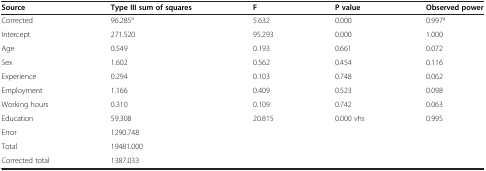
<table><thead><tr><td><b>Source</b></td><td><b>Type III sum of squares</b></td><td><b>F</b></td><td><b>P value</b></td><td><b>Observed power</b></td></tr></thead><tbody><tr><td>Corrected</td><td>96.285<sup>a</sup></td><td>5.632</td><td>0.000</td><td>0.997<sup>a</sup></td></tr><tr><td>Intercept</td><td>271.520</td><td>95.293</td><td>0.000</td><td>1.000</td></tr><tr><td>Age</td><td>0.549</td><td>0.193</td><td>0.661</td><td>0.072</td></tr><tr><td>Sex</td><td>1.602</td><td>0.562</td><td>0.454</td><td>0.116</td></tr><tr><td>Experience</td><td>0.294</td><td>0.103</td><td>0.748</td><td>0.062</td></tr><tr><td>Employment</td><td>1.166</td><td>0.409</td><td>0.523</td><td>0.098</td></tr><tr><td>Working hours</td><td>0.310</td><td>0.109</td><td>0.742</td><td>0.063</td></tr><tr><td>Education</td><td>59.308</td><td>20.815</td><td>0.000 vhs</td><td>0.995</td></tr><tr><td>Error</td><td>1290.748</td><td> </td><td> </td><td> </td></tr><tr><td>Total</td><td>19481.000</td><td> </td><td> </td><td> </td></tr><tr><td>Corrected total</td><td>1387.033</td><td> </td><td> </td><td> </td></tr></tbody></table>